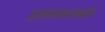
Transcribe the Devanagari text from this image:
हास्यक्लबचे